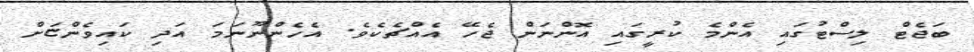
ބަޖެޓް ލިސްޓުގައި އެންމެ ކުރީގައި އޮންނަން ޖެހޭ އެއްޗެކެވެ. އެހެންނޫނަމަ އަދި ކައިވެންޏަށް